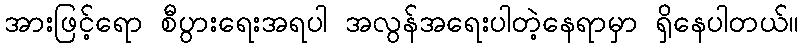
အားဖြင့်ရော စီပွားရေးအရပါ အလွန်အရေးပါတဲ့နေရာမှာ ရှိနေပါတယ်။